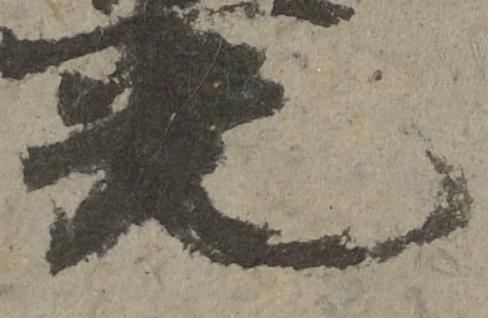
光